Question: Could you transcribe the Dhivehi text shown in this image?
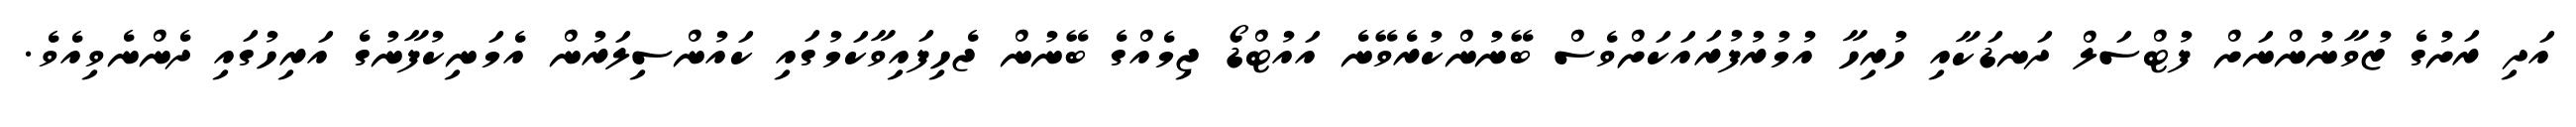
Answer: އަދި ރަށުގެ ޒުވާނުންނަށް ފުޓްސަލް ދަނޑަކާއި ހުރިހާ އުމުރުފުރައަކަށްވެސް ބޭނުންކުރެވޭނެ އައުޓްޑޯ ޖިމެއްގެ ބޭނުން ޖެހިފައިވާކަމުގައި ކައުންސިލަރުން އެމަނިކުފާނުގެ އަރިހުގައި ދެންނެވިއެވެ.